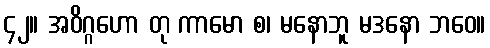
၄၂။ အဝိဂ္ဂဟော တု ကာမော စ၊ မနောဘူ မဒနော ဘဝေ။